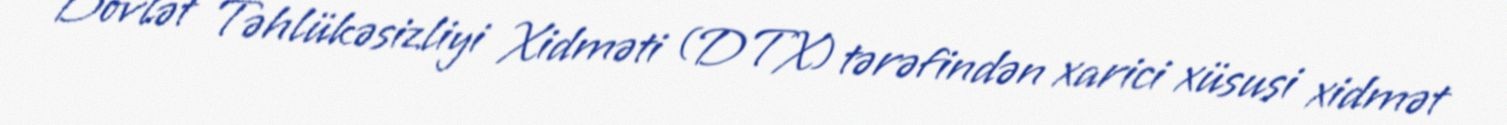
Dövlət Təhlükəsizliyi Xidməti (DTX) tərəfindən xarici xüsusi xidmət